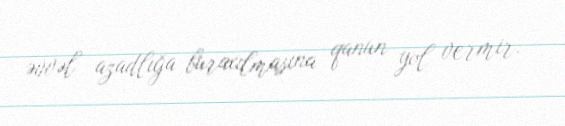
əvvəl azadlığa buraxılmasına qanun yol vermir.